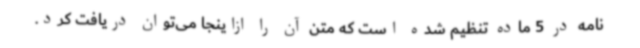
نامه در 5 ماده تنظیم شده است که متن آن را ازاینجا می‌توان دریافت کرد.